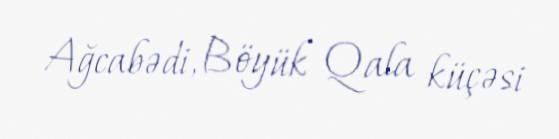
Ağcabədi, Böyük Qala küçəsi